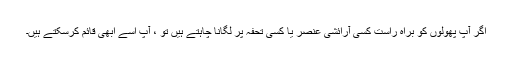
اگر آپ پھولوں کو براہ راست کسی آرائشی عنصر یا کسی تحفہ پر لگانا چاہتے ہیں تو ، آپ اسے ابھی قائم کرسکتے ہیں۔